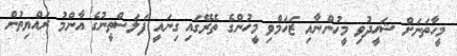
މީހާތަނަށް ޝަހީދުވި މީހުންނާއި ޒަހަމްވި މީހުންގެ ތެރޭގައި ގިނައީ ފަލަސްތީނުގެ އާންމު ރައްޔިތުން